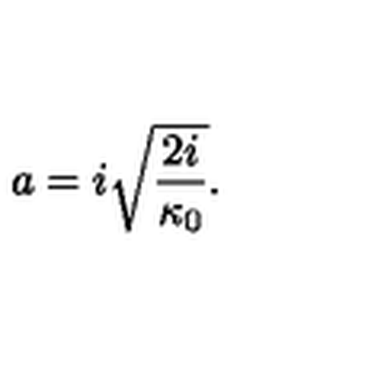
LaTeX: a = i \sqrt { \frac { 2 i } { \kappa _ { 0 } } } .